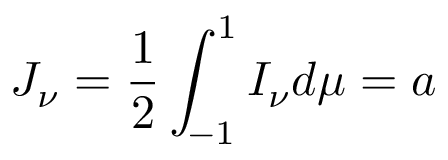
J _ { \nu } = { \frac { 1 } { 2 } } \int _ { - 1 } ^ { 1 } I _ { \nu } d \mu = a